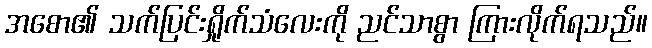
အစော၏ သက်ပြင်းရှိုက်သံလေးကို ညင်သာစွာ ကြားလိုက်ရသည်။